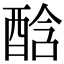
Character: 䣻